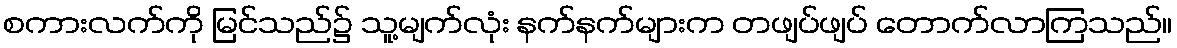
စကားလက်ကို မြင်သည်၌ သူ့မျက်လုံး နက်နက်များက တဖျပ်ဖျပ် တောက်လာကြသည်။